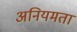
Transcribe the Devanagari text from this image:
अनियमता